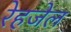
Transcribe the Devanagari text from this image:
रेहजेल